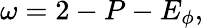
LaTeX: \omega=2-P-E_{\phi},